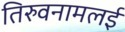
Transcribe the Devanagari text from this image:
तिरुवनामलई